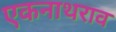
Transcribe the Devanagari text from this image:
एकनाथराव